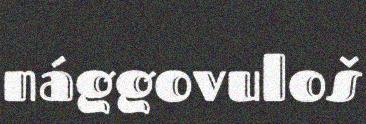
nággovuloš